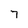
Character: 7